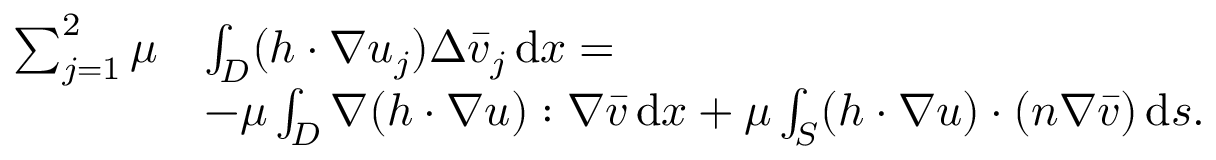
\begin{array} { r l } { \sum _ { j = 1 } ^ { 2 } \mu } & { \int _ { D } ( h \cdot \nabla u _ { j } ) \Delta \bar { v } _ { j } \, \mathrm { d } x = } \\ & { - \mu \int _ { D } \nabla ( h \cdot \nabla u ) : \nabla \bar { v } \, \mathrm { d } x + \mu \int _ { S } ( h \cdot \nabla u ) \cdot ( n \nabla \bar { v } ) \, \mathrm { d } s . } \end{array}